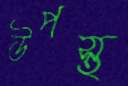
উপস্থ